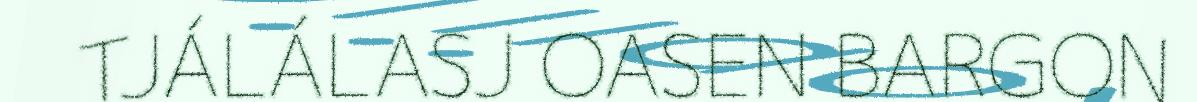
TJÁLÁLASJ OASEN BARGON